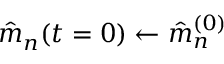
\hat { m } _ { n } ( t = 0 ) \gets \hat { m } _ { n } ^ { ( 0 ) }